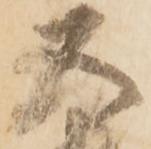
五